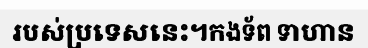
របស់ប្រទេសនេះ។កងទ័ព ទាហាន